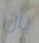
بأن